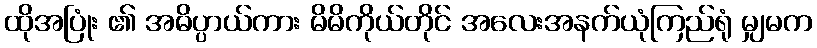
ထိုအပြုံး ၏ အဓိပ္ပာယ်ကား မိမိကိုယ်တိုင် အလေးအနက်ယုံကြည်ရုံ မျှမက